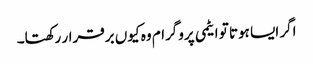
اگر ایسا ہوتا تو ایٹمی پروگرام وہ کیوں برقرار رکھتا۔